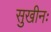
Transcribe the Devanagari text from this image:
सुखीनः